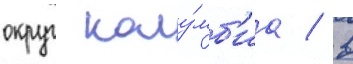
округ колу́мб'иа / в